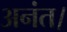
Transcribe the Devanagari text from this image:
अनंत।